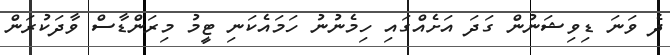
ދެ ވަނަ ޑިވިޝަނުން ގަދަ އަށެއްގައި ހިމެނުނު ހަމައެކަނި ޓީމު މިރަންޑާސް ވާދަކުރަން